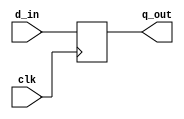
// Version:     1
// Description: 10-bit bus interface register.

module register_10bit(clk, d_in, q_out);
	input clk; 
	input [9:0] d_in;
	output[9:0] q_out;
	reg[9:0] q_out;

	// Set input to output on rising edge clock
	always @(posedge clk) begin
		q_out = d_in;
	end
endmodule